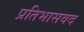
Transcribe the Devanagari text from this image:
प्रतिभासवद